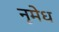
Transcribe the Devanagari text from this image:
नृमेध